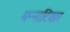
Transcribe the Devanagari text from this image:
मन्नाटियार